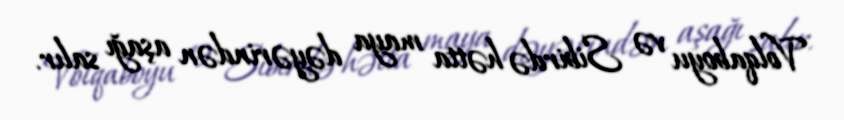
Volqaboyu və Sibirdə hətta maya dəyərindən aşağı salır.